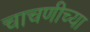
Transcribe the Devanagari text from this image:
चाचणीच्या